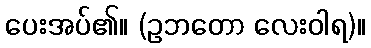
ပေးအပ်၏။ (ဥဘတော လေးဝါရ)။